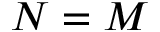
N = M